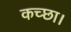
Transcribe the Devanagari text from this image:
कच्छा।